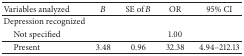
| Variables analyzed | B | SE of B | OR | 95% CI |
 | --- | --- | --- | --- | --- |
 | Depression recognized |  |  |  |  |
 | Not specified |  |  | 1.00 |  |
 | Present | 3.48 | 0.96 | 32.38 | 4.94–212.13 |